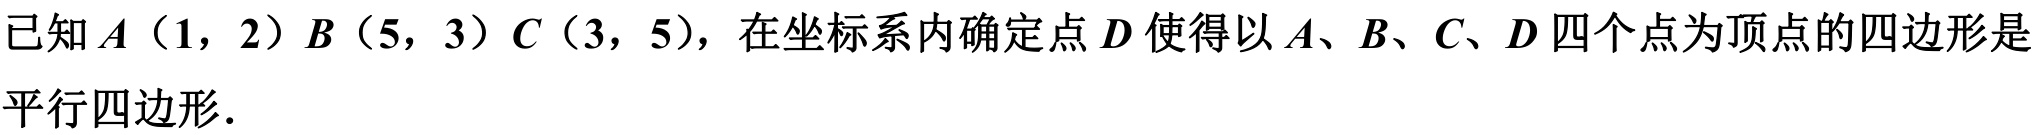
已知\(A(1,2)\) \(B(5,3)\) \(C(3,5)\)，在坐标系内确定点\(D\)使得以\(A、B、C、D\)四个点为顶点的四边形是平行四边形.